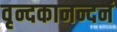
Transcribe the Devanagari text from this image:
वृन्दकानन्दनं